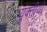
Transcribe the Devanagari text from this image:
युक्तीयों